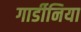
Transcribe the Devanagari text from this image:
गार्डीनिया